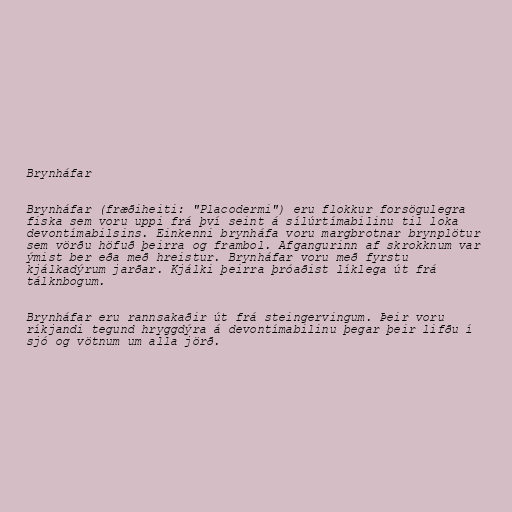
Brynháfar

Brynháfar (fræðiheiti: "Placodermi") eru flokkur forsögulegra
fiska sem voru uppi frá því seint á sílúrtímabilinu til loka
devontímabilsins. Einkenni brynháfa voru margbrotnar brynplötur
sem vörðu höfuð þeirra og frambol. Afgangurinn af skrokknum var
ýmist ber eða með hreistur. Brynháfar voru með fyrstu
kjálkadýrum jarðar. Kjálki þeirra þróaðist líklega út frá
tálknbogum.

Brynháfar eru rannsakaðir út frá steingervingum. Þeir voru
ríkjandi tegund hryggdýra á devontímabilinu þegar þeir lifðu í
sjó og vötnum um alla jörð.